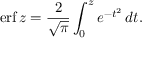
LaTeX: \operatorname { e r f } z = { \frac { 2 } { \sqrt { \pi } } } \int _ { 0 } ^ { z } e ^ { - t ^ { 2 } } \, d t .